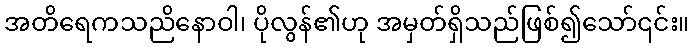
အတိရေကသညိနောဝါ၊ ပိုလွန်၏ဟု အမှတ်ရှိသည်ဖြစ်၍သော်၎င်း။